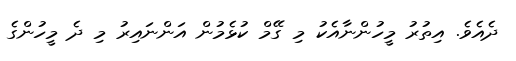
ދެއެވެ. އިތުރު މީހުންނާއެކު މި ގޭމް ކުޅެމުން އަންނައިރު މި ދެ މީހުންގެ